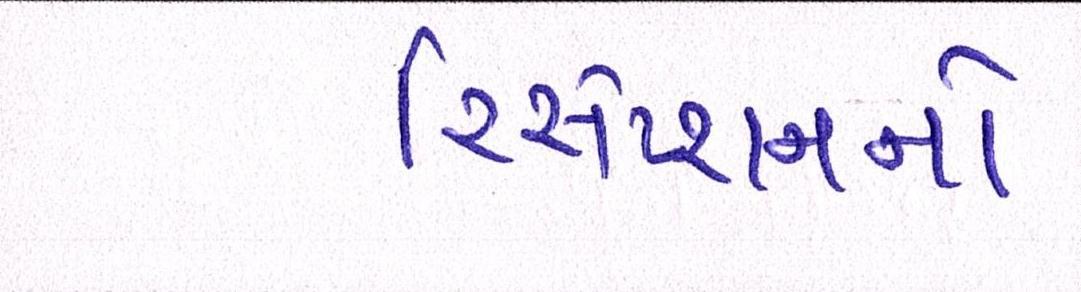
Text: રિસેપ્શનનો